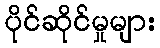
ပိုင်ဆိုင်မှုများ